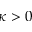
\kappa > 0